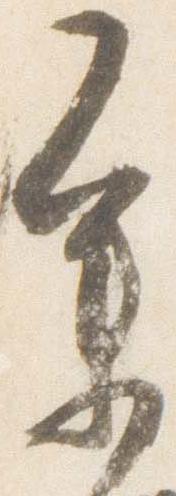
参